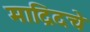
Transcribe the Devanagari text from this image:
माद्रिदचे